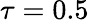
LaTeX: \tau=0.5